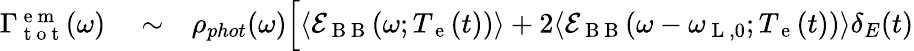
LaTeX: \begin{array}{rlr}{\Gamma_{\mathrm{~t~o~t~}}^{\mathrm{~e~m~}}(\omega)}&{{}\sim}&{\rho_{phot}(\omega)\Big[\langle\mathcal{E}_{\mathrm{~B~B~}}(\omega;T_{\mathrm{~e~}}(t))\rangle+2\langle\mathcal{E}_{\mathrm{~B~B~}}(\omega-\omega_{\mathrm{~L~},0};T_{\mathrm{~e~}}(t))\rangle\delta_{E}(t)}\end{array}